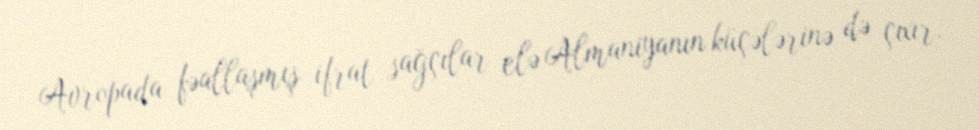
Avropada fəallaşmış ifrat sağçılar elə Almaniyanın küçələrinə də çıxır.